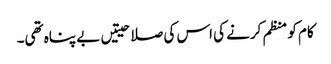
کام کو منظم کرنے کی اس کی صلاحیتیں بے پناہ تھی۔